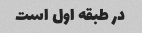
در طبقه اول است